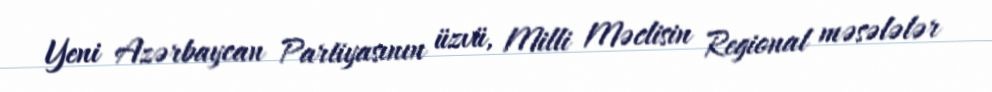
Yeni Azərbaycan Partiyasının üzvü, Milli Məclisin Regional məsələlər